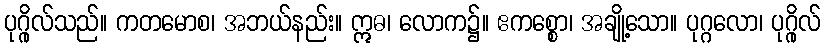
ပုဂ္ဂိုလ်သည်။ ကတမောစ၊ အဘယ်နည်း။ ဣဓ၊ လောက၌။ ဧကစ္စော၊ အချို့သော။ ပုဂ္ဂလော၊ ပုဂ္ဂိုလ်